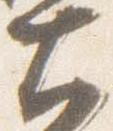
大